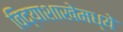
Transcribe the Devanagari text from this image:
विद्याशाखेमध्ये